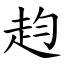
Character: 赹